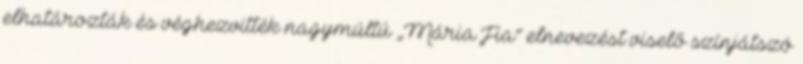
elhatározták és véghezvitték nagymúltú „Mária Fia” elnevezést viselő színjátszó